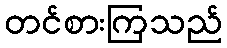
တင်စားကြသည်